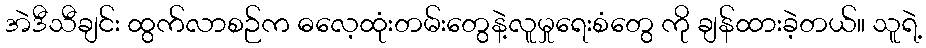
အဲဒီသီချင်း ထွက်လာစဉ်က ဓလေ့ထုံးတမ်းတွေနဲ့လူမှုရေးစံတွေ ကို ချန်ထားခဲ့တယ်။ သူရဲ့